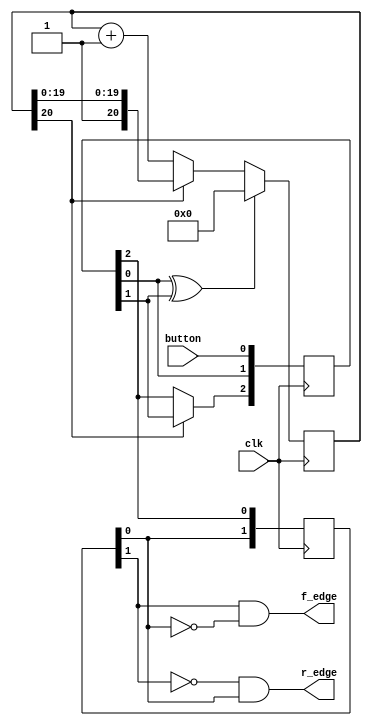
/*
 * Title: DEBOUNCER/EDGE DETECTOR
 * Name: Javier Jimenez
 * Desc: Program that detects a pressing button
 * 		and avoids any bouncing on each key press.
 * 		Also can detect a rising or falling edges
 *
 */
 
`define l	20

module debouncer(
	input 	clk,
	input		button,
	output	r_edge,
	output	f_edge
);

	reg[`l:0] cnt_40ms;
	reg[2:0]  dff_debouncer;
	reg[1:0]	 dff_edge;
	wire ena_debouncer_dff2;
	wire ena_cnt_40ms;
	wire sclr;
	wire rising_edge;
	wire falling_edge;
	
	/* Initial statement, give initial values */
	initial
	begin
		cnt_40ms 	  <= 0;
		dff_debouncer <= 3'b0;
		dff_edge		  <= 2'b0;
	end
	
	/* This block detects a pressing button and passes the value through D flipflops */
	always @(posedge clk)
	begin: debouncer
		dff_debouncer[0] <= button;
		dff_debouncer[1] <= dff_debouncer[0];
		if(1'b1 == ena_debouncer_dff2)
			dff_debouncer[2] <= dff_debouncer[1];
	end	
	
	/* This block is a counter that gives a ~40 ms delay */
	always @(posedge clk)
	begin: debouncer_counter
		if(1'b1 == sclr)
			cnt_40ms <= 0;
		else if(1'b1 == ena_cnt_40ms)
			cnt_40ms <= cnt_40ms + 1;
	end
	
	/* This block is a shift register made of D flipflops */
	always @(posedge clk)
	begin: edge_detector
		dff_edge[0] <= dff_debouncer[2];
		dff_edge[1] <= dff_edge[0];
	end
	
	assign sclr 		  		  =  dff_debouncer[0] ^ dff_debouncer[1]; /* Any change on the input button from low to high or high to low produces a sync_clear in the counter */
	assign ena_debouncer_dff2 =  cnt_40ms[`l]; 								/* The most significant bit of the counter is the enable of the D flipflop */
	assign ena_cnt_40ms 		  = ~cnt_40ms[`l]; 								/* The most significant bit of the counter, disables the counter */
	assign rising_edge  		  = ~dff_edge[1] &  dff_edge[0]; 			/* Rising edge detector */
	assign falling_edge 		  =  dff_edge[1] & ~dff_edge[0]; 			/* Falling edge detector */
	
	assign r_edge = rising_edge;
	assign f_edge = falling_edge;
	
endmodule